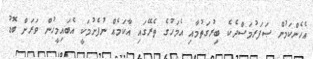
އެހެންކަމުން ޞަފަރުމަސްދެކެ ބިރުގަތުމާއި އެމަހުގެ ތެރޭގައި އާކަމެއް ނުފެށުމަކީ އެބައިމީހުން ވަރަށް ބޮޑު